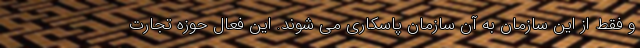
و فقط از این سازمان به آن سازمان پاسکاری می شوند. این فعال حوزه تجارت